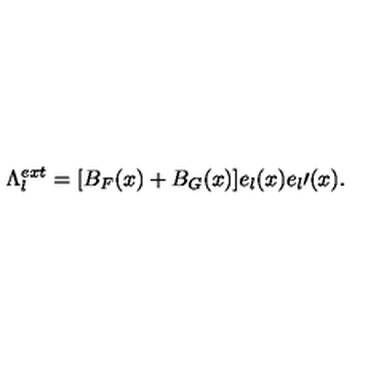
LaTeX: \Lambda _ { l } ^ { e x t } = [ B _ { F } ( x ) + B _ { G } ( x ) ] e _ { l } ( x ) e _ { l } \prime ( x ) .